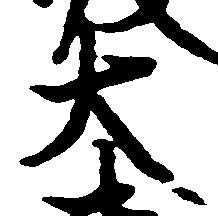
大